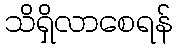
သိရှိလာစေရန်